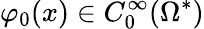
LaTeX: \varphi_{0}(x)\in C_{0}^{\infty}(\Omega^{*})